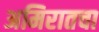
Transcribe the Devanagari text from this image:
अमिरातचा